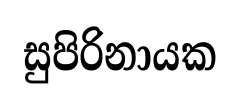
සුපිරිනායක